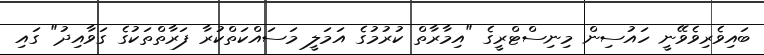
ބައިވެރިވެވޭނީ ހައުސިން މިނިސްޓްރީގެ "އިމާރާތް ކުރުމުގެ އަމަލީ މަސައްކަތްކުރާ ފަރާތްތަކުގެ ގަވާއިދު" ގައި